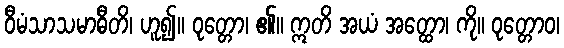
ဝီမံသာသမာဓီတိ၊ ဟူ၍။ ဝုတ္တော၊ ၏။ ဣတိ အယံ အတ္ထော၊ ကို။ ဝုတ္တောဝ၊